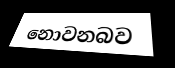
නොවනබව